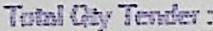
TOTAL QTY TENDER :